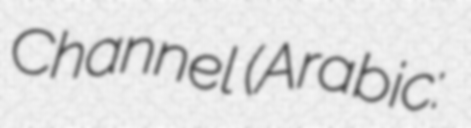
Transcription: Channel (Arabic: قناة هنا